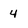
Character: 4